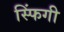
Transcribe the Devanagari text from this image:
स्फिंगी